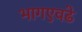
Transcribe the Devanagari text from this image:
भागएवढे